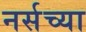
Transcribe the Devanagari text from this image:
नर्सच्या